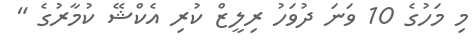
މި މަހުގެ 10 ވަނަ ދުވަހު ރިލީޒް ކުރި އެކްޝޭ ކުމާރުގެ "